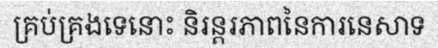
គ្រប់គ្រងទេនោះ និរន្តរភាពនៃការនេសាទ